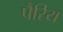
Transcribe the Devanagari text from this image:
पैरिय